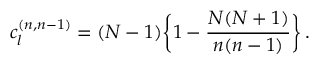
c _ { l } ^ { ( n , n - 1 ) } = ( N - 1 ) \bigg \{ 1 - { \frac { N ( N + 1 ) } { n ( n - 1 ) } } \bigg \} \, .